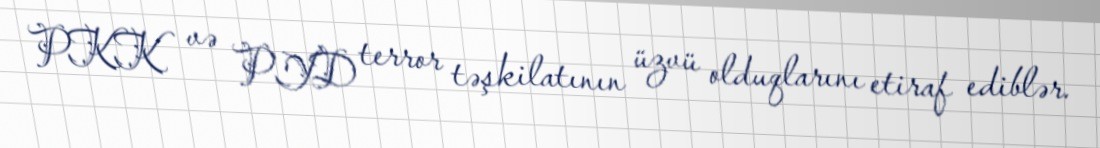
PKK və PYD terror təşkilatının üzvü olduqlarını etiraf ediblər.